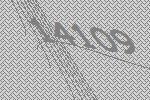
14109